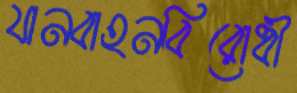
যানবাহনবিরোধী